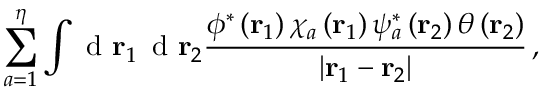
\sum _ { a = 1 } ^ { \eta } \int \textrm { d } \mathbf r _ { 1 } \, \textrm { d } \mathbf r _ { 2 } \frac { \phi ^ { * } \left( \mathbf r _ { 1 } \right) \chi _ { a } \left( \mathbf r _ { 1 } \right) \psi _ { a } ^ { * } \left( \mathbf r _ { 2 } \right) \theta \left( \mathbf r _ { 2 } \right) } { \left| \mathbf r _ { 1 } - \mathbf r _ { 2 } \right| } \, ,